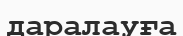
даралауға